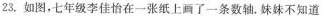
23.如图，七年级李佳怡在一张纸上画了一条数轴。妹妹不知道